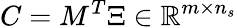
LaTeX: C=M^{T}\Xi\in\mathbb{R}^{m\times n_{s}}